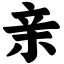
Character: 亲